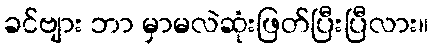
ခင်ဗျား ဘာ မှာမလဲဆုံးဖြတ်ပြီးပြီလား။